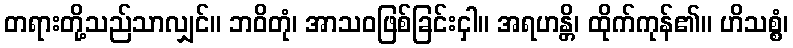
တရားတို့သည်သာလျှင်။ ဘဝိတုံ၊ အာသဝဖြစ်ခြင်းငှါ။ အရဟန္တိ၊ ထိုက်ကုန်၏။ ဟိသစ္စံ၊